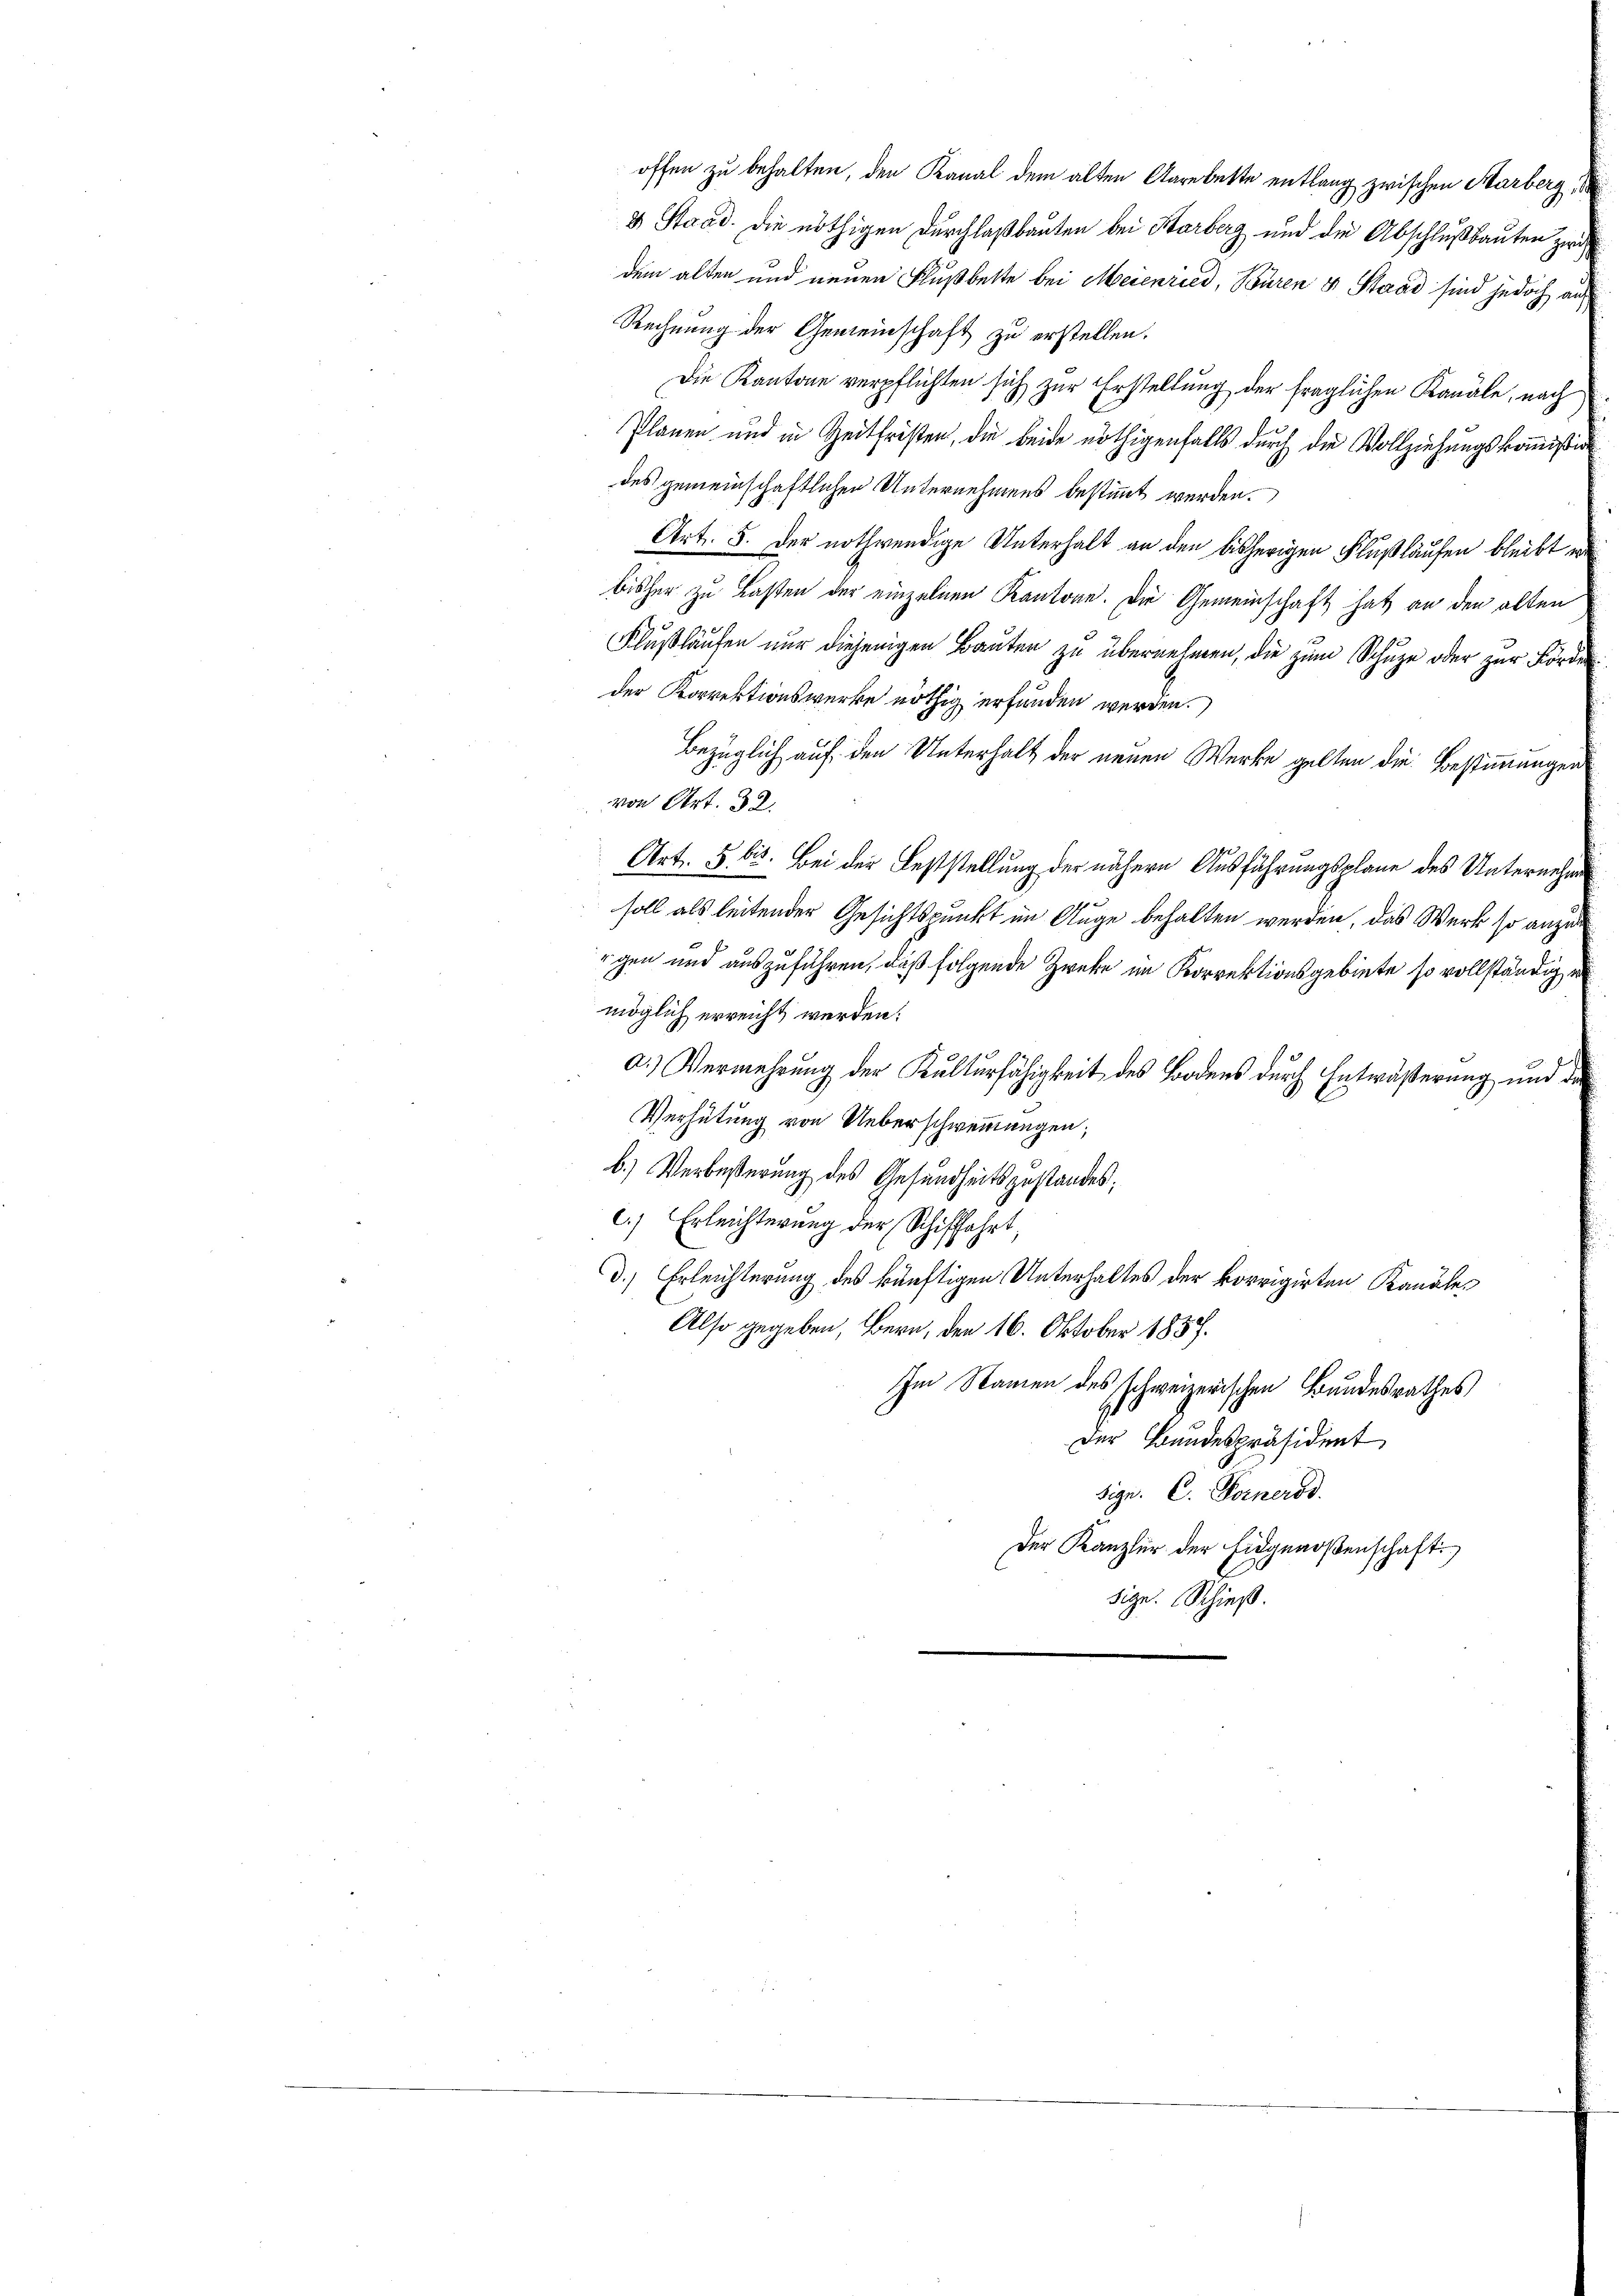
dem alten und neuen Flußbette bei Meienried, Büren & Stand sind jedoch an
Rechnung der Gemeinschaft zu erstellen.
Die Kantone verpflichten sich zur Erstellung der fraglichen Kanäle, nach
Plänen und in Zeitfristen, die beide nöthigenfalls durch die Vollziehungskommißion
des gemeinschaftlichen Unternehmens bestimmt werden.
Art. 5. Der nothwendige Unterhalt an den bisherigen Flußlaufen bleibt er
bisher zu Lasten der einzelnen Kantone. Die Gemeinschaft hat an den alten
Flußlaufen nur diejenigen Bauten zu übernehmen, die zum Schuze oder zur Forden
der Korrektionswerke nöthig erfunden werden.
Bezüglich auf den Unterhalt der neuen Werke gelten die Bestimmungen
von Art. 32.
Art. 5. bis. Bei der Feststellung der nähere Ausführungsplane des Unternehme
soll als leitender Gesichtspunkt im Auge behalten werden, das Werk so anzu
rgen und auszuführen, daß folgende Zweke im Korrektionsgebiete so vollständig er
möglich erreicht werden.
a.) Vermehrung der Kulturfähigkeit des Bodens durch Entwäßerung und der
Verhütung von Ueberschwemmungen;
b.) Verbeßerung des Gesundheitsgestandes;
c.) Erleichterung der Schiffahrt,
d.) Erleichterung des künftigen Unterhaltes der korrigirten Kanäler
Also gegeben, Bern, den 16. Oktober 1857.
Im Namen des schweizerischen Bundesrathes
Der Bandespräsident
sigr. C. Forneros
Der Kanzler der Eingenoßenschaft
sige. Schieß.

offen zu behalten, den Kanal dem alten Aarebette entlang zwischen Karberg,
3 Stand. Die nöthigen Durchlaßbauten bei Karberg und die Abschlußbauten zwi¬